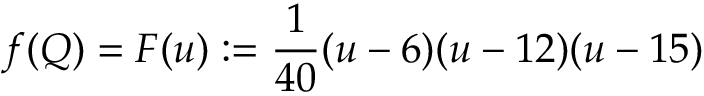
f ( Q ) = F ( u ) : = \frac { 1 } { 4 0 } ( u - 6 ) ( u - 1 2 ) ( u - 1 5 )